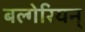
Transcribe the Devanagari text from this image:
बल्गेरियन्